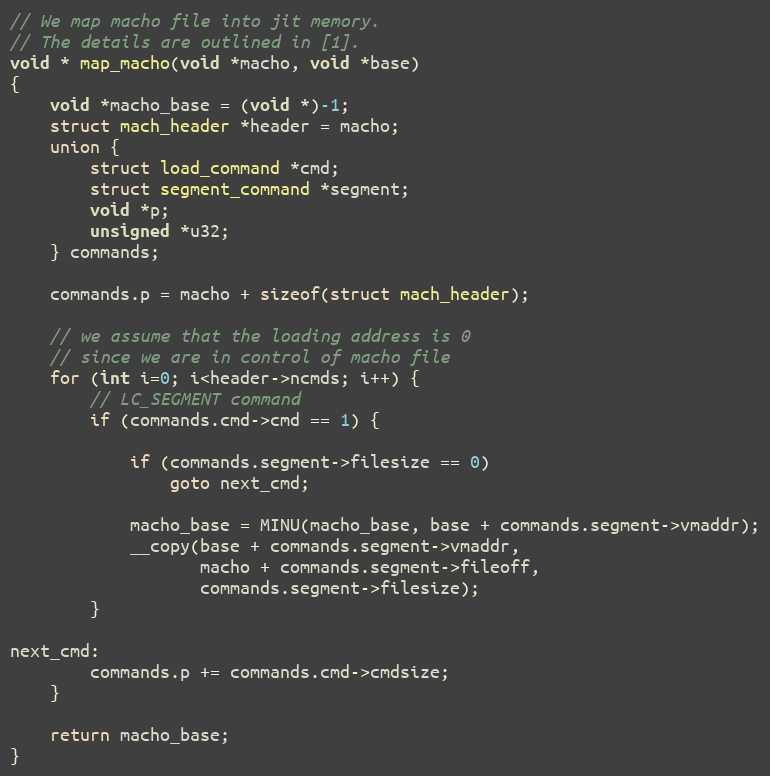
Language: C
// We map macho file into jit memory.
// The details are outlined in [1].
void * map_macho(void *macho, void *base)
{
	void *macho_base = (void *)-1;
	struct mach_header *header = macho;
	union {
		struct load_command *cmd;
		struct segment_command *segment;
		void *p;
		unsigned *u32;
	} commands;

	commands.p = macho + sizeof(struct mach_header);

	// we assume that the loading address is 0
	// since we are in control of macho file
	for (int i=0; i<header->ncmds; i++) {
		// LC_SEGMENT command
		if (commands.cmd->cmd == 1) {

			if (commands.segment->filesize == 0)
				goto next_cmd;

			macho_base = MINU(macho_base, base + commands.segment->vmaddr);
			__copy(base + commands.segment->vmaddr,
			       macho + commands.segment->fileoff,
			       commands.segment->filesize);
		}

next_cmd:
		commands.p += commands.cmd->cmdsize;
	}

	return macho_base;
}